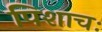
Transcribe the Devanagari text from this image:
पिशाचः